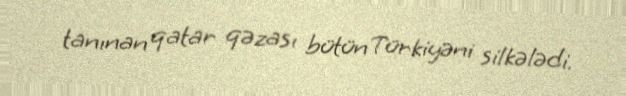
tanınan qatar qəzası bütün Türkiyəni silkələdi.